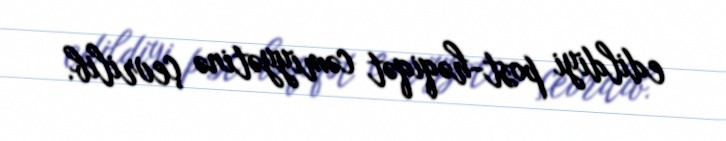
edildiyi post-həqiqət cəmiyyətinə çevrilib.